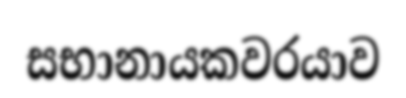
සභානායකවරයාව